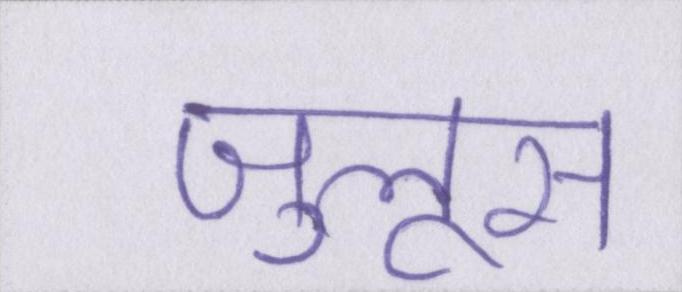
जुलूस